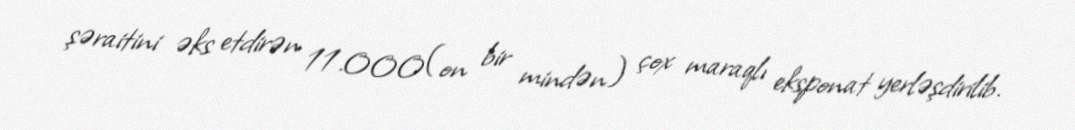
şəraitini əks etdirən 11.000(on bir mindən) çox maraqlı eksponat yerləşdirilib.